Vaccination in Burma 1900-1911 - 1900-1911
Year: 1900
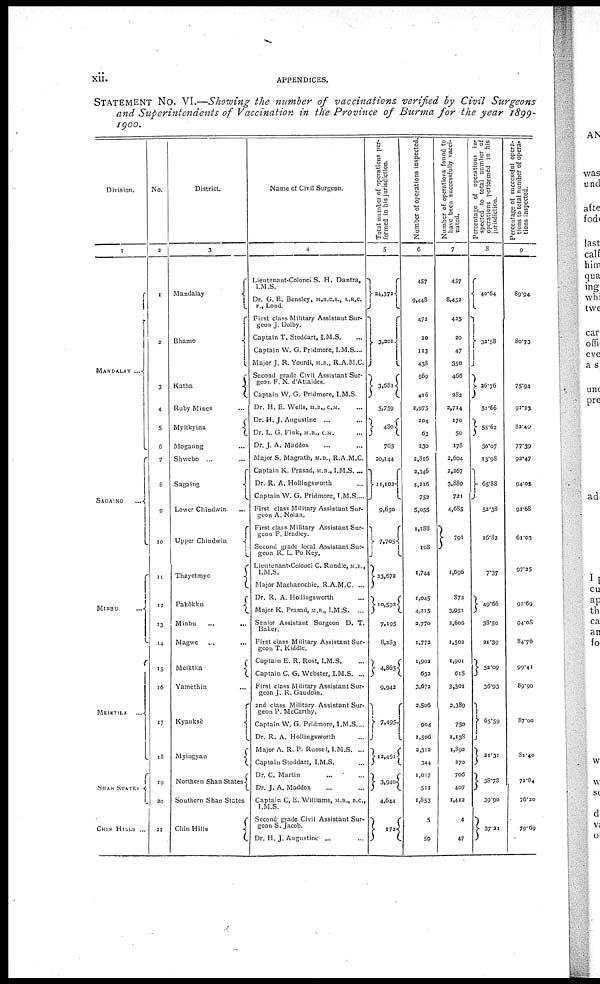
xii.
APPENDICES.
STATEMENT No. VI.—Showing the number of vaccinations verified by Civil Surgeons
and Superintendents of Vaccination in the Province of Burma for the year 1899-
1900.
Division.
1
MANDALAV...
SAGAING...
MINBU...
MEIKTILA...
SHAN STATES
CHIN HILLS ...
No.
2
1
2
3
4
5
6
7
8
9
10
11
12
13
14
15
16
17
18
19
20
21
District.
3
Mandalay
Bhamo
Katha...
Ruby Mines
Myitkyina
Mogaung
Shwebo...
Sagaing...
Lower
Chindwin...
Upper Chindwin
Thayetmyo...
Pakokku...
Minbu...
Magwe...
Meiktila...
Yamèthin...
Kyauksè...
Myingyan...
Northern Shan States
Southern Shan States
Chin Hills
Name of Civil Surgeon.
4
Lieutenant-Colonel S. H. Dantra,
I.M.S.
Dr. G. E. Bensley, M.R.C.S., L.R.C.
P., Lond.
First class Military Assistant Sur-
geon J. Dolby.
Captain T. Stoddart, I.M.S.
Captain W. G. Pridmore, I.M.S....
Major J. R. Yourdi, M.D., R.A.M.C.
Second grade Civil Assistant Sur-
geon F. X. d'Attaides.
Captain W. G. Pridmore, I.M.S.
Dr. H. E. Wells, M.D., C.M.
Dr. H. J. Augustine ...
Dr. L. G. Fink, M.B., CM.
Dr. J. A. Maddox
Major S. Magrath, M.D., R.A.M.C.
Captain K. Prasad, M.B., I.M.S....
Dr. R. A. Hollingsworth
Captain W. G. Pridmore, I.M.S....
First class Military Assistant Sur-
geon A. Nolan.
First class Military Assistant Sur-
geon F. Bradley.
Second grade local Assistant Sur-
geon R. L. Po Key.
Lieutenant-Colonel C. Rundle, M.D.,
I.M.S.
Major Machanochic, R.A.M.C. ...
Dr. R. A. Hollingsworth
Major K. Prasad, M.D., I.M.S. ...
Senior Assistant Surgeon D. T.
Baker.
First class Military Assistant Sur-
geon T. Kiddle.
Captain E. R. Rost, I.M.S.
Captain C. G. Webster, I.M.S. ...
First class Military Assistant Sur-
geon J. R. Gaudoin.
2nd class Military Assistant Sur-
geon P. McCarthy.
Captain W. G. Pridmore, I.M.S....
Dr. R. A. Hollingsworth
Major A. R. P. Russel, I.M.S. ...
Captain Stoddart, I.M.S.
Dr. C. Martin
Dr. J. A. Maddox
Captain C. E. Williams, M.B., D.C,
I.M.S.
Second grade Civil Assistant Sur-
geon S. Jacob.
Dr. H. J. Augustine ...
Total number of operations per-
formed in his jurisdiction.
5
24,372
3,201
3,631
5,759
480
765
20,144
11,102
9,650
7,705
33,672
30,592
7,195
8,283
4,865
9,942
7,495
12,461
3,940
4,644
172
Number of operations inspected.
6
457
9,448
472
20
113
438
569
416
2,975
204
63
230
2,816
2,346
4,216
752
5,055
1,188
108
1,744
1,045
4,215
2,770
1,773
1,902
632
3,672
2,506
904
1,506
2,312
344
1,017
511
1,353
5
59
Number of operations found to
have been successfully vacci-
nated.
7
457
8,452
435
20
47
350
466
282
2,714
170
50
178
2,604
2,267
3,889
721
4,685
791
1,696
872
3,951
2,606
1,502
1,901
618
3,301
2,389
750
1,138
1,892
270
706
407
1,412
4
47
Percentage of operations in-
spected to total number of
operations performed in his
jurisdiction.
8
40.64
32.58
26.76
51.66
55.62
30.07
13.93
65.88
52.38
16.82
7.37
49.66
38.50
21.39
52.09
36.93
65.59
21.31
38.73
39.90
37.31
Percentage of successful opera-
tions to total number of opera-
tions inspected.
9
89.94
80.73
75.94
91.23
82.40
77.39
92.47
94.03
92.68
61.03
97.25
91.69
94.08
84.76
99.41
89.90
87.00
81.40
72.84
76.20
79.69